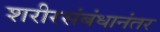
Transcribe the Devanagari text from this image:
शरीरसंबंधानंतर